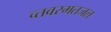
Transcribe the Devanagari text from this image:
च्तवरमतजल